system: You are a helpful assistant.
user:
Analyze the provided spectrum to determine if it is a **"Cataclysmic Variables (CV)"**.

- **Key Indicators for CV (Check for either state):**
    - **State 1: Quiescent / Low-State (Emission-Dominated)**
        - **(Primary):** Strong and *very broad* Hydrogen Balmer emission lines (e.g., $H\alpha$ at 6563 Å, $H\beta$ at 4861 Å). The 'broadness' (high velocity dispersion, often FWHM > 1000 km/s) is the key diagnostic, indicating a high-velocity accretion disk.
        - **(Secondary):** Broad neutral Helium (He I) emission lines (e.g., 5876 Å, 6678 Å).
        - **(Key Confirmation):** Presence of high-excitation *ionized* Helium (He II) emission at 4686 Å. This is a strong indicator of accretion onto a white dwarf.
        - **(Line Profile):** Emission lines may exhibit a 'double-peaked' profile, which is a classic signature of a rotating accretion disk viewed at high inclination.

    - **State 2: Outburst / High-State (Absorption-Dominated)**
        - **(Primary):** Spectrum is dominated by a bright, blue continuum (looks like a hot star).
        - **(Secondary):** The emission lines from State 1 are weak, absent, or 'filled in', and are replaced by broad, shallow *absorption* lines (primarily Balmer and He I).
        - **(Morphology):** The overall spectrum mimics a hot B/A-type star. The crucial difference is that the absorption lines are significantly broader, shallower, and more 'washed-out' (or 'smeared') than the sharp lines of a normal stellar photosphere, due to high rotational speeds and pressure broadening in the disk.

Think first, call **spectral_visualization_tool** if needed to examine features in detail, then provide your final answer. Your response must adhere to the following strict rules:
1.  **Overall Structure:** Your response must follow the format `<think>...</think> <tool_call>...</tool_call> (if a tool is used) <answer>...</answer>`.
2.  **Tool Usage Constraint:** You may only make **one** tool call per turn.
3.  **Final Answer Format:** In the `<answer>` tag, your conclusion must be inside a `\boxed{}` command (e.g., `\boxed{YES}`), followed by your justification.

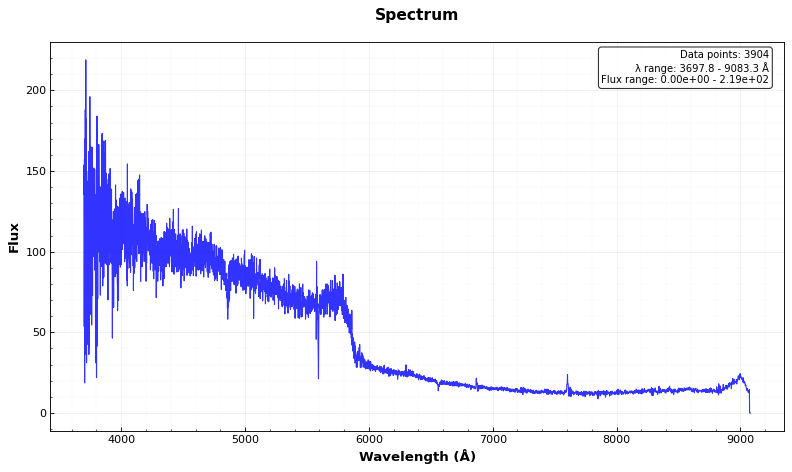
Answer: NO